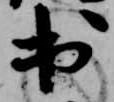
出